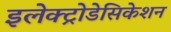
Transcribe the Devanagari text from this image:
इलेक्ट्रोडेसिकेशन